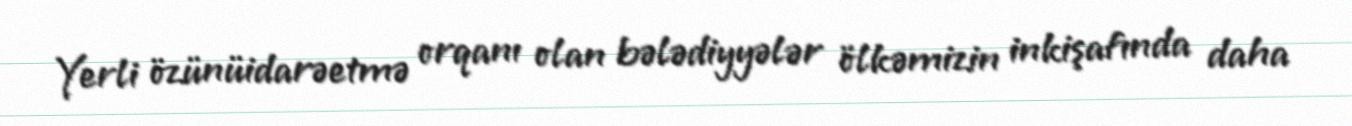
Yerli özünüidarəetmə orqanı olan bələdiyyələr ölkəmizin inkişafında daha